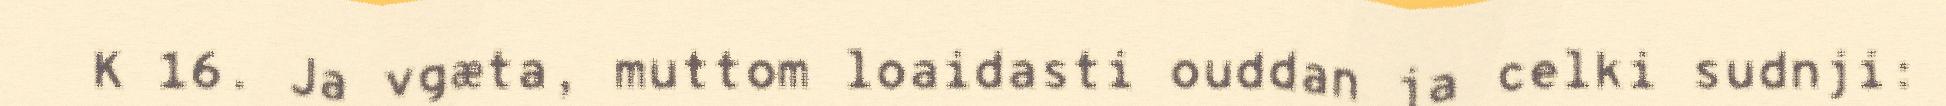
K 16. Ja vgæta, muttom loaidasti ouddan ja celki sudnji: